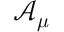
\mathcal { A } _ { \boldsymbol { \mu } }